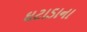
ઘટાડાના